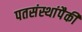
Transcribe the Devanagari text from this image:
पतसंस्थांपैकी